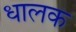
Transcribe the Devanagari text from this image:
धालक